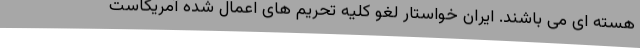
هسته ای می باشند. ایران خواستار لغو کلیه تحریم های اعمال شده آمریکاست